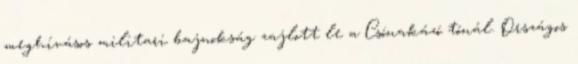
meghívásos militari bajnokság zajlott le a Csónakázó tónál. Országos